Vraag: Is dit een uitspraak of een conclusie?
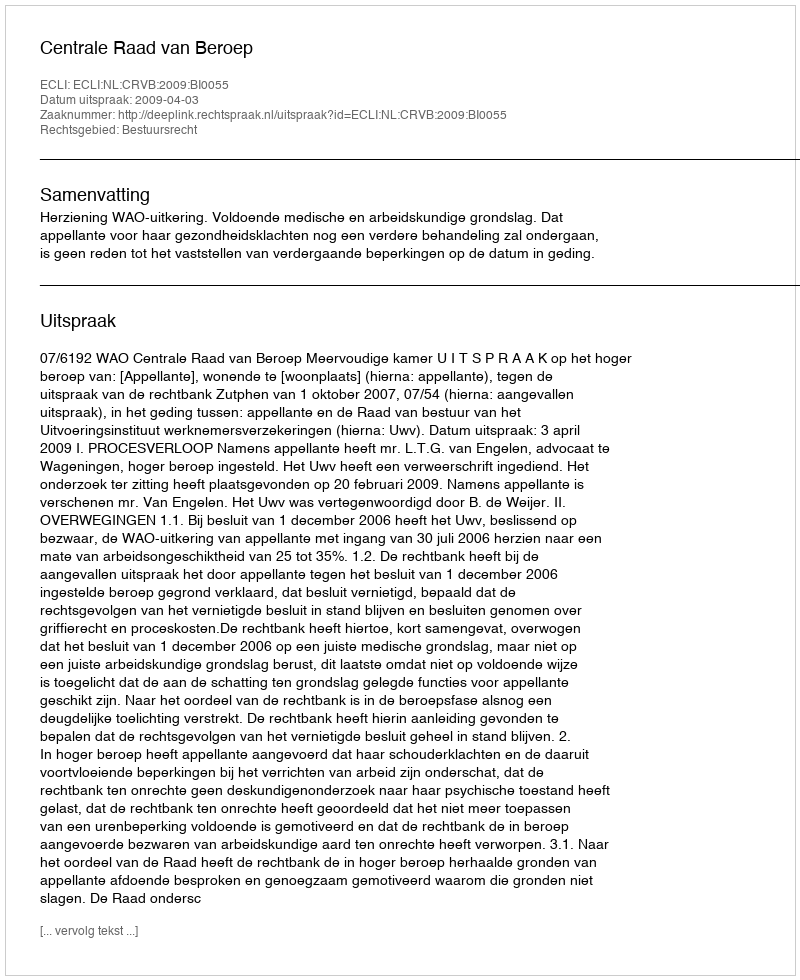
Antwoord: Uitspraak